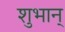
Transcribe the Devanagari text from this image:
शुभान्